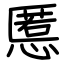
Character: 慝